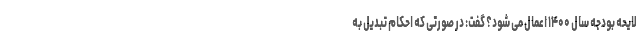
لایحه بودجه سال ۱۴۰۰ اعمال می شود؟ گفت: در صورتی که احکام تبدیل به